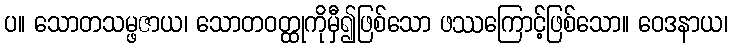
ပ။ သောတသမ္ဖဇာယ၊ သောတဝတ္ထုကိုမှီ၍ဖြစ်သော ဖဿကြောင့်ဖြစ်သော။ ဝေဒနာယ၊